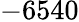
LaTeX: -6540